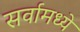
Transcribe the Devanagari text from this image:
सर्वामध्ये